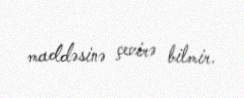
maddəsinə çevirə bilmir.